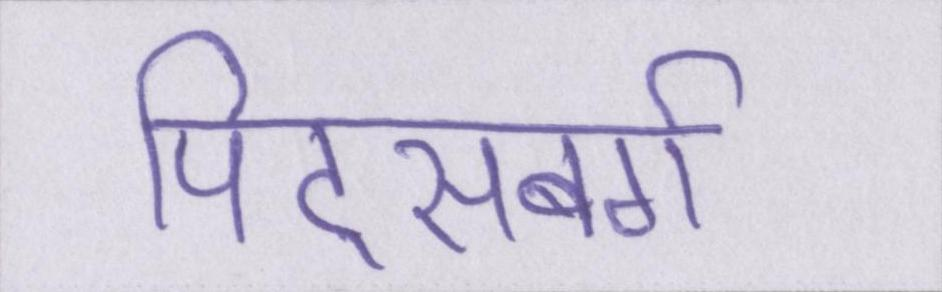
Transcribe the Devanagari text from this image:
पिट्सबर्ग